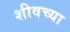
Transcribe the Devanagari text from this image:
शीवच्या